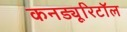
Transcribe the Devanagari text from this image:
कनड्यूरिटॉल